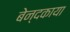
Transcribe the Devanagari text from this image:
बेन्दकाया